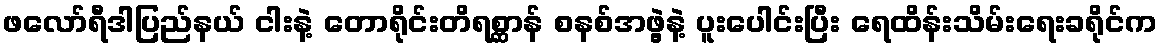
ဖလော်ရီဒါပြည်နယ် ငါးနဲ့ တောရိုင်းတိရစ္ဆာန် စနစ်အဖွဲ့နဲ့ ပူးပေါင်းပြီး ရေထိန်းသိမ်းရေးခရိုင်က